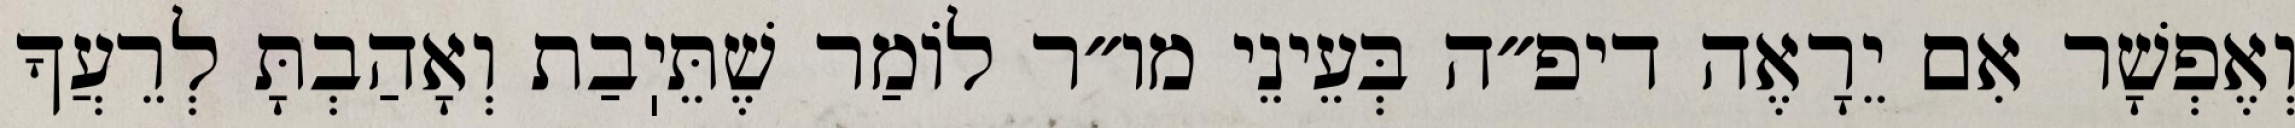
וְאֶפְשָׁר אִם יֵרָאֶה דיפ״ה בְּעֵינֵי מו״ר לוֹמַר שֶׁתֵּיֽבַת וְאָהַבְתָּ לְרֵעֲךָ